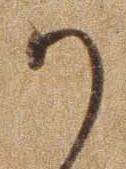
か